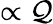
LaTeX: \propto\mathcal{Q}